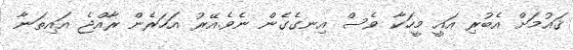
ޤައުމަށް އެބުރި އައީ މީހަކާ ވެސް އިނގެގެން ނެވެ.އޭރު އަހަރެން ރާއްޖެ އައިތަނާ